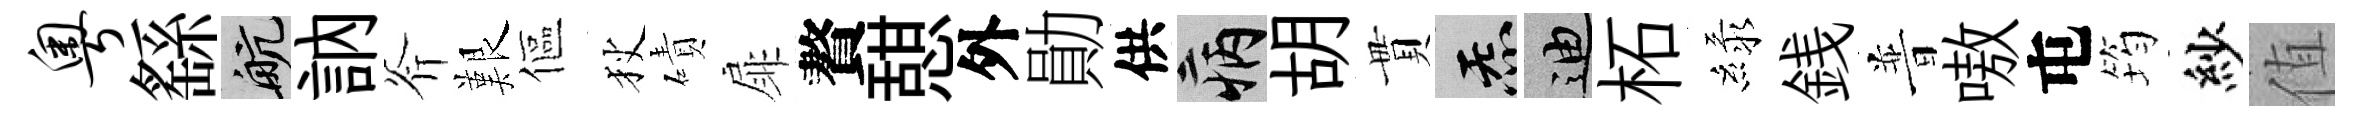
粤繇航訥斧艱傴狄磧扉贅憇外勛供病胡貫炁迪柘緑銭普嗷屯筠紗值